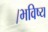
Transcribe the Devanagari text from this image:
।भविष्य